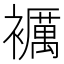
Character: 𧞵